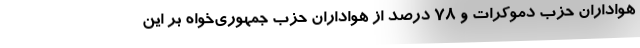
هواداران حزب دموکرات و 78 درصد از هواداران حزب جمهوری‌خواه بر این